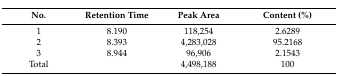
<table><thead><tr><td><b>No.</b></td><td><b>Retention Time</b></td><td><b>Peak Area</b></td><td><b>Content (%)</b></td></tr></thead><tbody><tr><td>1</td><td>8.190</td><td>118,254</td><td>2.6289</td></tr><tr><td>2</td><td>8.393</td><td>4,283,028</td><td>95.2168</td></tr><tr><td>3</td><td>8.944</td><td>96,906</td><td>2.1543</td></tr><tr><td>Total</td><td></td><td>4,498,188</td><td>100</td></tr></tbody></table>